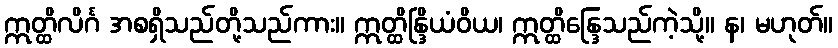
ဣတ္ထိလိင်္ဂ အစရှိသည်တို့သည်ကား။ ဣတ္ထိန္ဒြိယံဝိယ၊ ဣတ္ထိန္ဒြေသည်ကဲ့သို့။ န၊ မဟုတ်။